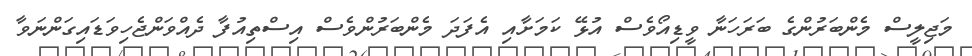
މަޖިލީސް މެންބަރުންގެ ބަރަހަނާ ވީޑިއޯވެސް އުޅޭ ކަމަށާއި އެފަދަ މެންބަރުންވެސް އިސްތިއުފާ ދެއްވަންޖެހިވަޑައިގަންނަވާ